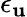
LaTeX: \epsilon_{\mathbf{u}}